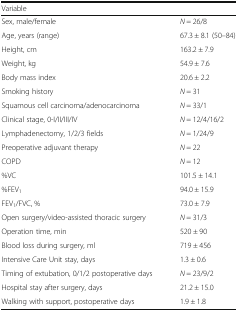
<table><thead><tr><td><b>Variable</b></td><td></td></tr></thead><tbody><tr><td>Sex, male/female</td><td><i>N</i> = 26/8</td></tr><tr><td>Age, years (range)</td><td>67.3 ± 8.1 (50–84)</td></tr><tr><td>Height, cm</td><td>163.2 ± 7.9</td></tr><tr><td>Weight, kg</td><td>54.9 ± 7.6</td></tr><tr><td>Body mass index</td><td>20.6 ± 2.2</td></tr><tr><td>Smoking history</td><td><i>N</i> = 31</td></tr><tr><td>Squamous cell carcinoma/adenocarcinoma</td><td><i>N</i> = 33/1</td></tr><tr><td>Clinical stage, 0-I/II/III/IV</td><td><i>N</i> = 12/4/16/2</td></tr><tr><td>Lymphadenectomy, 1/2/3 fields</td><td><i>N</i> = 1/24/9</td></tr><tr><td>Preoperative adjuvant therapy</td><td><i>N</i> = 22</td></tr><tr><td>COPD</td><td><i>N</i> = 12</td></tr><tr><td>%VC</td><td>101.5 ± 14.1</td></tr><tr><td>%FEV<sub>1</sub></td><td>94.0 ± 15.9</td></tr><tr><td>FEV<sub>1</sub>/FVC, %</td><td>73.0 ± 7.9</td></tr><tr><td>Open surgery/video-assisted thoracic surgery</td><td><i>N</i> = 31/3</td></tr><tr><td>Operation time, min</td><td>520 ± 90</td></tr><tr><td>Blood loss during surgery, ml</td><td>719 ± 456</td></tr><tr><td>Intensive Care Unit stay, days</td><td>1.3 ± 0.6</td></tr><tr><td>Timing of extubation, 0/1/2 postoperative days</td><td><i>N</i> = 23/9/2</td></tr><tr><td>Hospital stay after surgery, days</td><td>21.2 ± 15.0</td></tr><tr><td>Walking with support, postoperative days</td><td>1.9 ± 1.8</td></tr></tbody></table>